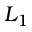
L _ { 1 }